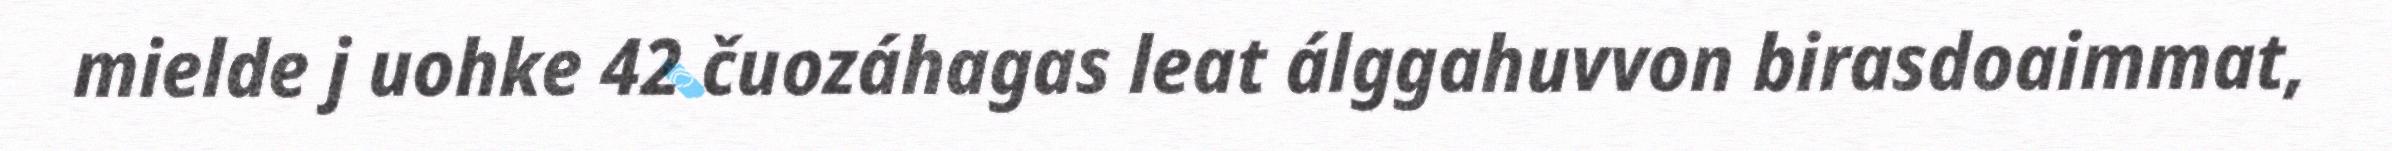
mielde j uohke 42 čuozáhagas leat álggahuvvon birasdoaimmat,